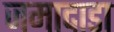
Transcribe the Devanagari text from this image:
जमादाडा